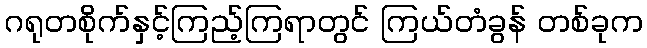
ဂရုတစိုက်နှင့်ကြည့်ကြရာတွင် ကြယ်တံခွန် တစ်ခုက